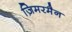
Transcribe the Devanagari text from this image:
ज़िमरमैन